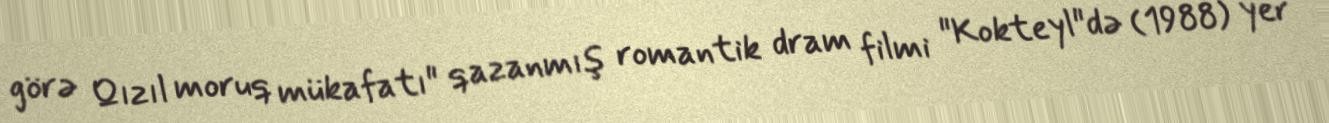
görə Qızıl moruq mükafatı" qazanmış romantik dram filmi "Kokteyl"də (1988) yer